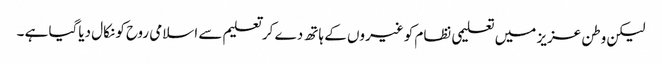
لیکن وطن عزیز میں تعلیمی نظام کو غیروں کے ہاتھ دے کر تعلیم سے اسلامی روح کو نکال دیاگیا ہے ۔